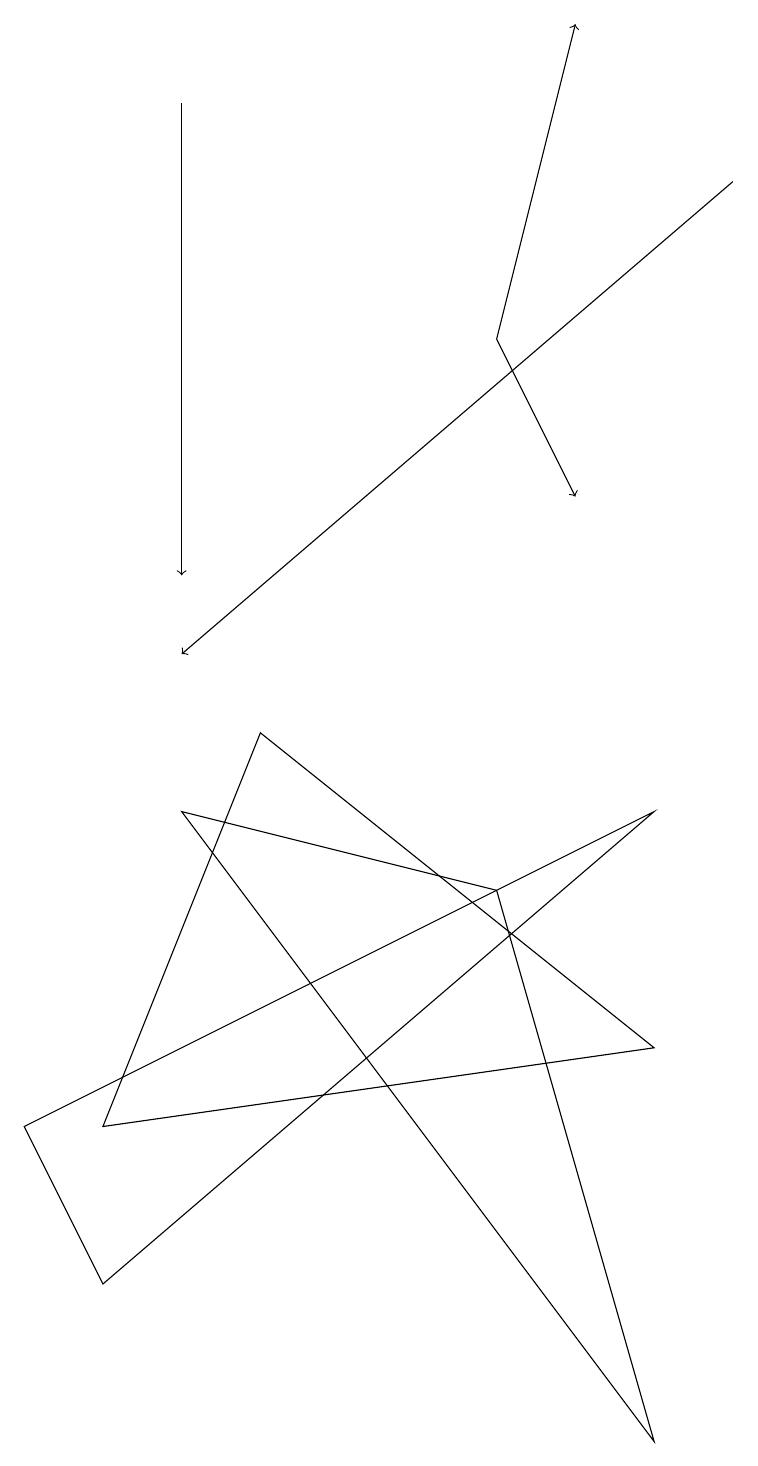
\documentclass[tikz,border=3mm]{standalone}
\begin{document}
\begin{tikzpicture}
\draw (2,8) -- (8,0) -- (6,7) -- cycle;
\draw[->] (2,17) -- (2,11);
\draw (1,4) -- (8,5) -- (3,9) -- cycle;
\draw (0,4) -- (1,2) -- (8,8) -- cycle;
\draw[->] (6,14) -- (7,18);
\draw[->] (9,16) -- (2,10);
\draw[->] (6,14) -- (7,12);
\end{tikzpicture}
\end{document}